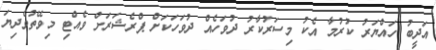
އަދީބު ހައްޔަރު ކުރުމާ އެކު މިސަރުކާރު ދުވަހެއް ދުވަހަކަށް ޕްރެޝަރަށް ވެއްޓި މިވޭތުވެދިޔަ